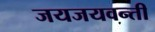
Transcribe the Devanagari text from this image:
जयजयवन्ती